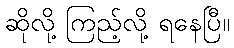
ဆိုလို့ ကြည့်လို့ ရနေပြီ။